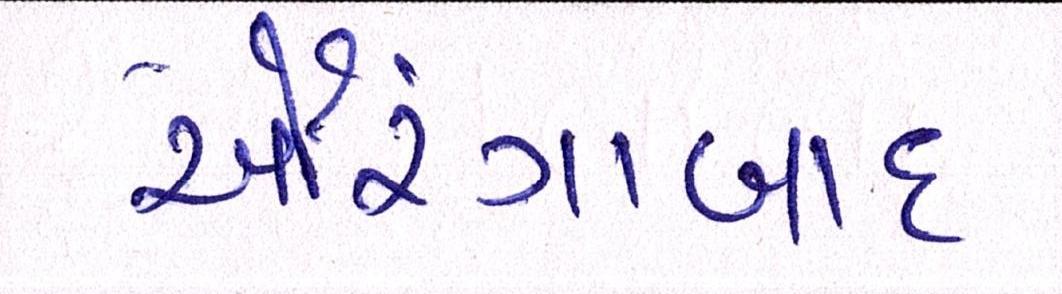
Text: ઔરંગાબાદ